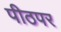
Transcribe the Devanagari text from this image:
पीठपर